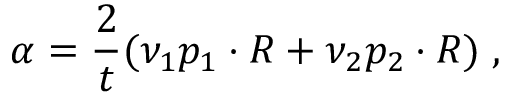
\alpha = \frac { 2 } { t } ( \nu _ { 1 } p _ { 1 } \cdot R + \nu _ { 2 } p _ { 2 } \cdot R ) \; ,